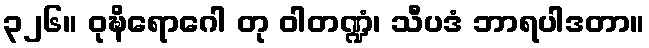
၃၂၆။ ဝုဍ္ဎိရောဂေါ တု ဝါတဏ္ဍံ၊ သီပဒံ ဘာရပါဒတာ။